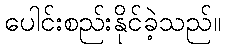
ပေါင်းစည်းနိုင်ခဲ့သည်။